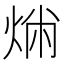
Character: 𤉤